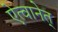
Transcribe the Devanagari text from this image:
ऐत्वानेत्